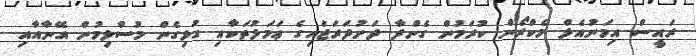
ރައީސް އިމަނުއެލް މެކްރޯން ކުރަމުން ގެންދާ ދަށުދަރަޖައިގެ ޢަމަލުތަކާއި ގުޅިގެން މުސްލިމުން އޭނާއާއި